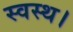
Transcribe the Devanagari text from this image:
स्वस्थ।